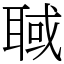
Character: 聝